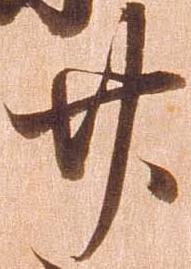
廿